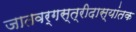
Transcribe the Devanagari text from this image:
जातवर्गस्त्रीदास्यांतक